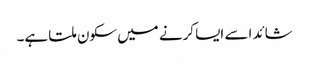
شائد اسے ایسا کرنے میں سکون ملتا ہے۔